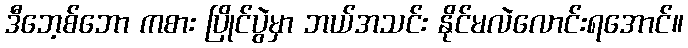
ဒီဘေ့စ်ဘော ကစား ပြိုင်ပွဲမှာ ဘယ်အသင်း နိုင်မလဲလောင်းရအောင်။